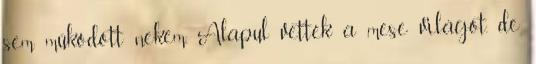
sem működött nekem. Alapul vették a mese világot, de